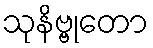
သုနိဗ္ဗုတော